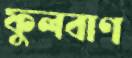
ফুলবাণ